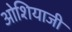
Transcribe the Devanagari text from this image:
ओशियाजी